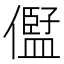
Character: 𠏫